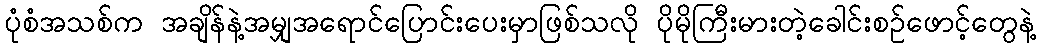
ပုံစံအသစ်က အချိန်နဲ့အမျှအရောင်ပြောင်းပေးမှာဖြစ်သလို ပိုမိုကြီးမားတဲ့ခေါင်းစဉ်ဖောင့်တွေနဲ့